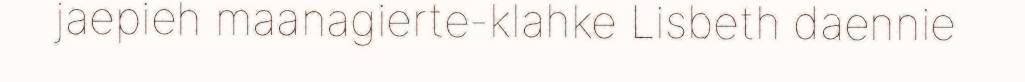
jaepieh maanagierte-klahke Lisbeth daennie